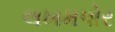
લખમપોર